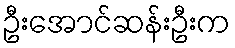
ဦးအောင်ဆန်းဦးက